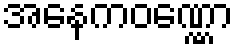
အနေကဝဏ္ဏော